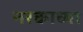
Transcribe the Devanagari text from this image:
नरकाच्या